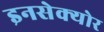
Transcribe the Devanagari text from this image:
इनसेक्योर